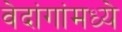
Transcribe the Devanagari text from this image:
वेदांगांमध्ये